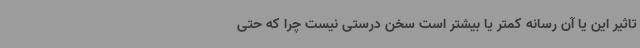
تاثیر این یا آن رسانه کمتر یا بیشتر است سخن درستی نیست چرا که حتی